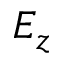
E _ { z }